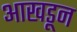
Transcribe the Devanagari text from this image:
आखडून